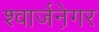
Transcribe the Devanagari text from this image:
श्वार्जने़गर